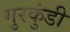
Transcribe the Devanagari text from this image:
मुरकुंडी